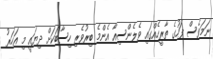
ނަމަވެސް ފަހުގެ ތާރީހެއްގައި ވެލެންސިއާ އެންމެ ބިރުވެރި ހިސާބަކަށް ދިޔައީ މި އަހަރު